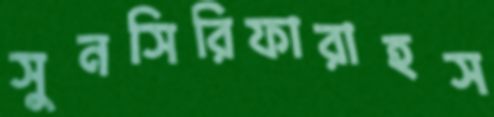
সুনসিরিফারাহস